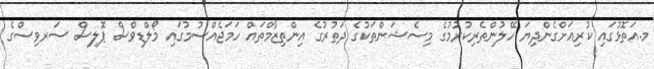
މ.އަތޮޅުގައި ކުރިއަށްގެންދިޔަ ހޭލުންތެރިކުރުމުގެ މިސެޝަންތަކުގެ ދަތުރުގެ އިންތިޒާމްތައް ހަމަޖެއްސުމުގައި މޯލްޑިވްސް ޕޮލިސް ސަރވިސްގެ